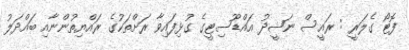
ފޮޓޯ ގެލަރީ : ރައީސް ނަޝީދު އައްޑޫސިޓީގެ ގުޅިފައިވާ ރަށްތަކުގެ ރައްޔިތުންނާއި ބައްދަލު